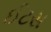
ઈટસ